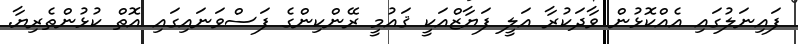
ފައިނަލުގައި އެއްކޮޅުން ވާދަކުރާ އަލީ ފަޔާޒްއަކީ ޤައުމީ ރޭންކިންގެ ފަސްވަނައިގައި އޮތް ކުޅުންތެރިޔާ.